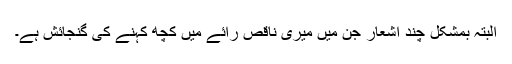
البتہ بمشکل چند اشعار جن میں میری ناقص رائے میں کچھ کہنے کی گنجائش ہے۔